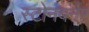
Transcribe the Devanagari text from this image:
स्टोनबर्नर